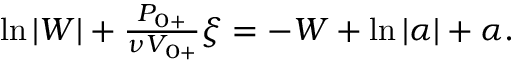
\begin{array} { r } { \ln { | W | } + \frac { { P } _ { 0 + } } { \nu V _ { 0 + } } \xi = - W + \ln | \alpha | + \alpha . } \end{array}